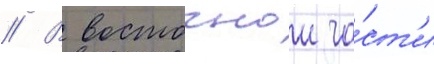
// В восточнои ча́ст'и